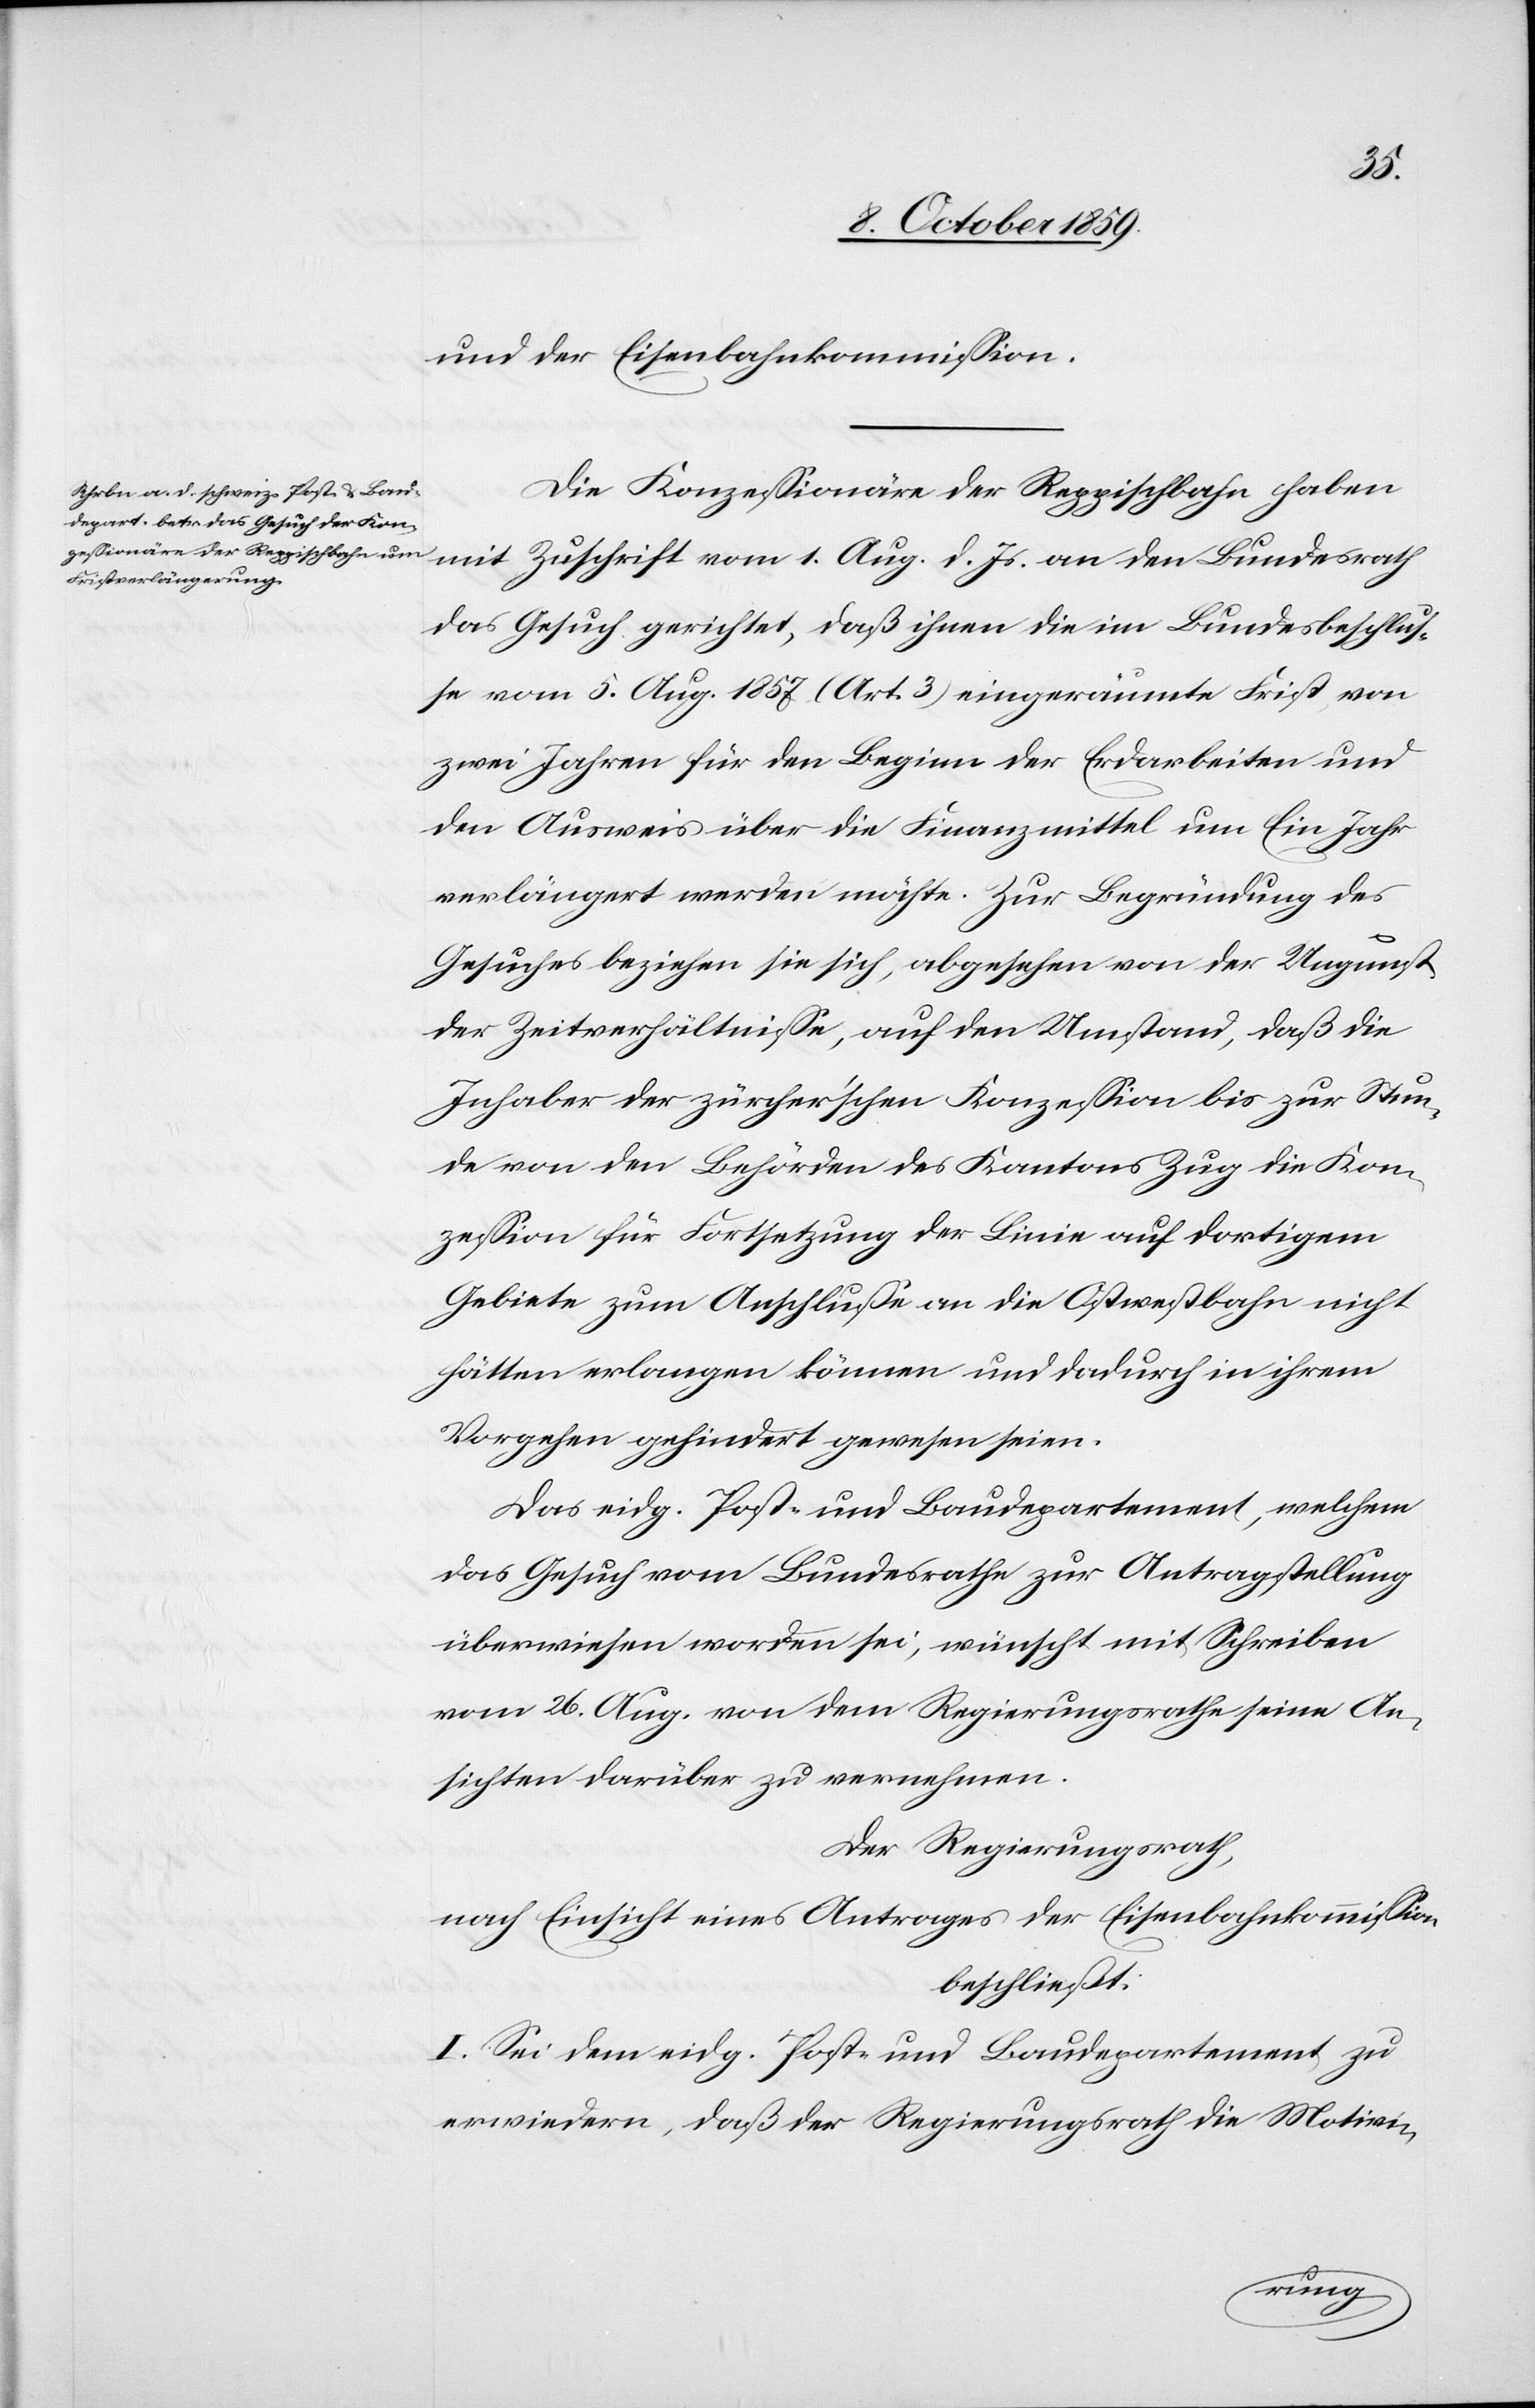
und der Eisenbahnkommission.
Die Konzessionäre der Reppischbahn haben
mit Zuschrift vom 1. Aug. d. Js. an den Bundesrath
das Gesuch gerichtet, daß ihnen die im Bundesbeschlus¬
se vom 5. Aug. 1857 (Art. 3) eingeräumte Frist von
zwei Jahren für den Beginn der Erdarbeiten und
den Ausweis über die Finanzmittel um Ein Jahr
verlängert werden möchte. Zur Begründung des
Gesuches beziehen sie sich, abgesehen von der Ungunst
der Zeitverhältnisse, auf den Umstand, daß die
Inhaber der zürcher'schen Konzession bis zur Stun¬
de von den Behörden des Kantons Zug die Kon¬
zession für Fortsetzung der Linie auf dortigem
Gebiete zum Anschlusse an die Ostwestbahn nicht
hätten erlangen können und dadurch in ihrem
Vorgehen gehindert gewesen seien.
Das eidg. Post- und Baudepartement, welchem
das Gesuch vom Bundesrathe zur Antragstellung
überwiesen worden sei, wünscht mit Schreiben
vom 26. Aug. von dem Regierungsrathe seine An¬
sichten darüber zu vernehmen.
Der Regierungsrath,
nach Einsicht eines Antrages der Eisenbahnkommission
beschließt:
I. Sei dem eidg. Post- und Baudepartement zu
erwiedern, daß der Regierungsrath die Motivi-